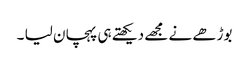
بوڑھے نے مجھے دیکھتے ہی پہچان لیا ۔